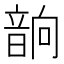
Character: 𲊧